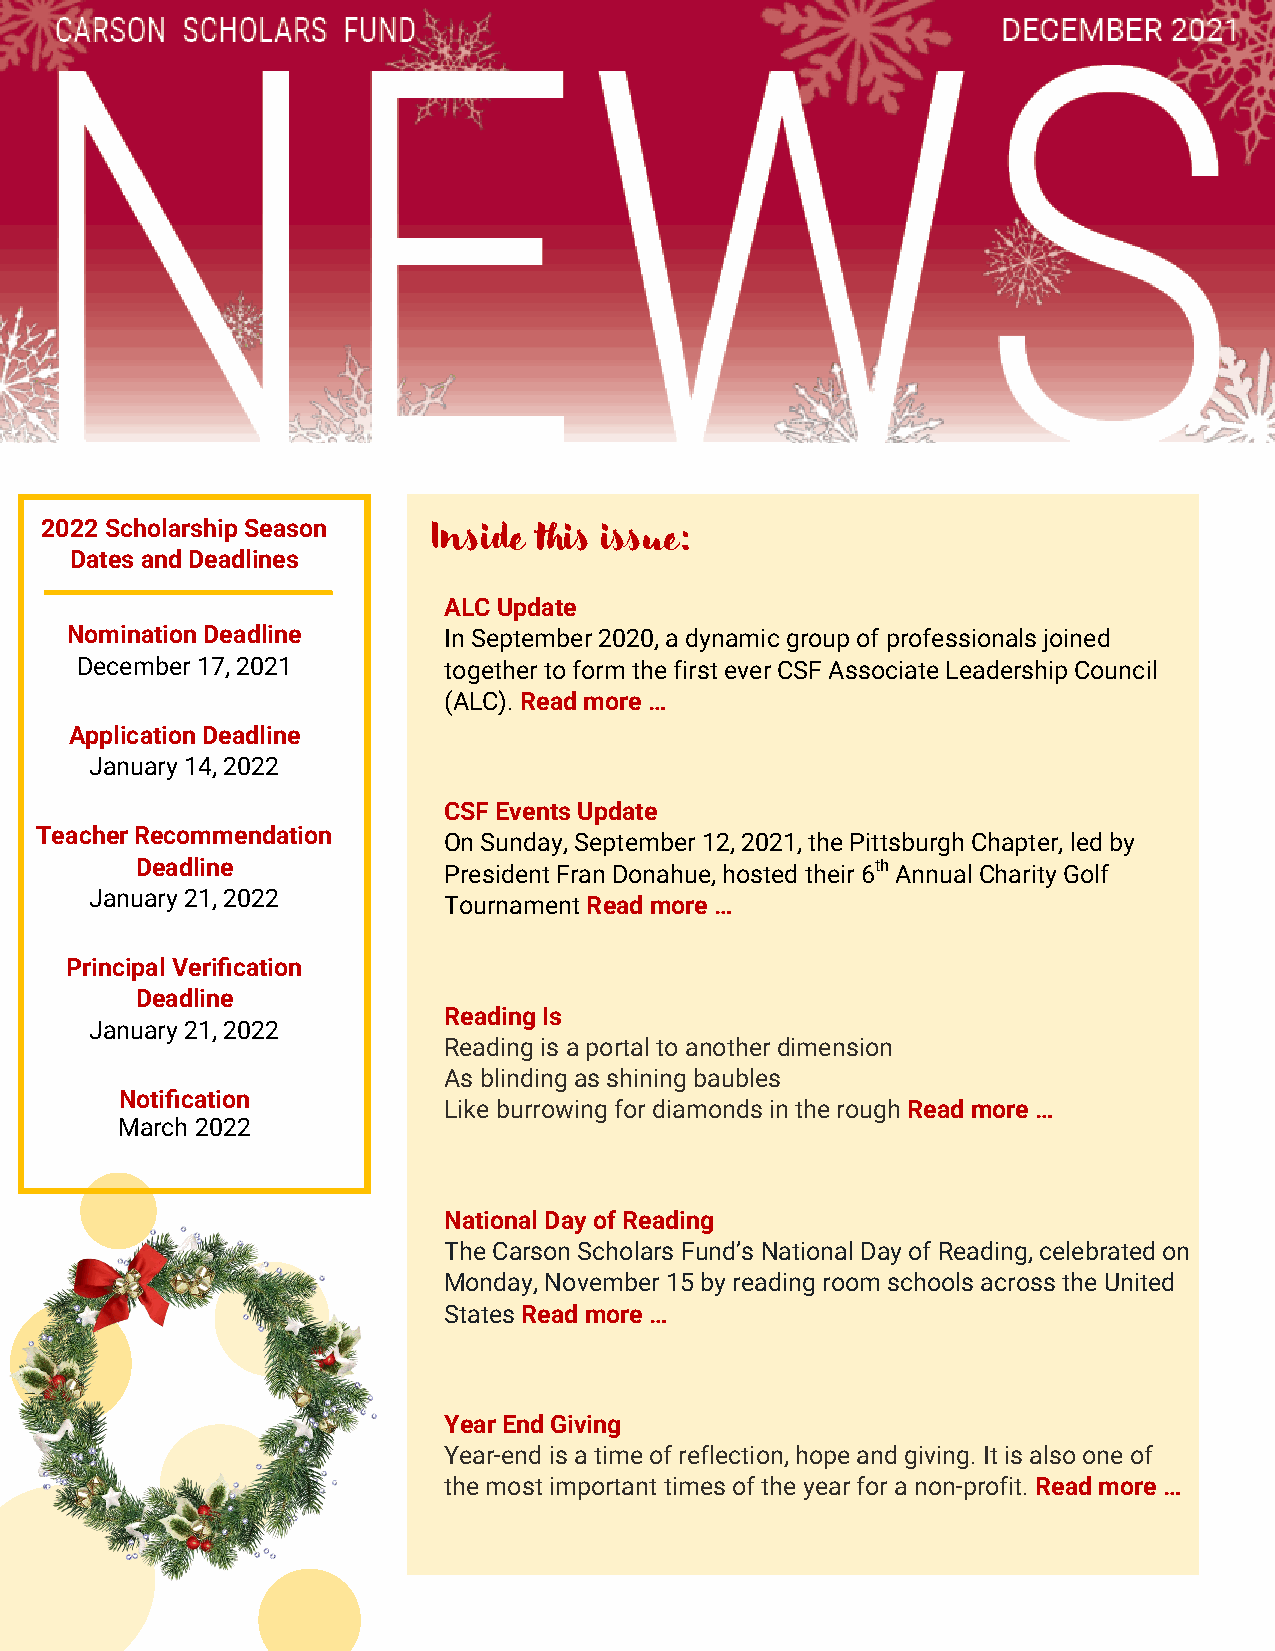
2022 Scholarship Season
 Inside this issue:
 Dates and Deadlines
 ALC Update
 Nomination Deadline      In September 2020, a dynamic group of professionals joined
 December 17, 2021       together to form the first ever CSF Associate Leadership Council
 (ALC). Read more …
 Application Deadline
 January 14, 2022
 CSF Events Update
 Teacher Recommendation
 On Sunday, September 12, 2021, the Pittsburgh Chapter, led by
 Deadline            President Fran Donahue, hosted their 6th Annual Charity Golf
 January 21, 2022
 Tournament Read more …
 Principal Verification
 Deadline
 Reading Is
 January 21, 2022
 Reading is a portal to another dimension
 As blinding as shining baubles
 Notification
 Like burrowing for diamonds in the rough Read more …
 March 2022
 National Day of Reading
 The Carson Scholars Fund’s National Day of Reading, celebrated on
 Monday, November 15 by reading room schools across the United
 States Read more …
 Year End Giving
 Year-end is a time of reflection, hope and giving. It is also one of
 the most important times of the year for a non-profit. Read more …